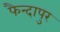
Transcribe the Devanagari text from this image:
फैन्दापुर